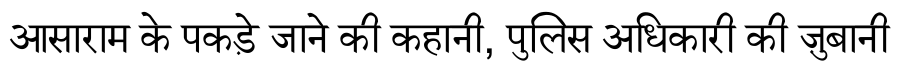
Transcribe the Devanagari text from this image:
आसाराम के पकड़े जाने की कहानी, पुलिस अधिकारी की ज़ुबानी